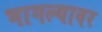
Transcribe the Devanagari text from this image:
भागल्यावर